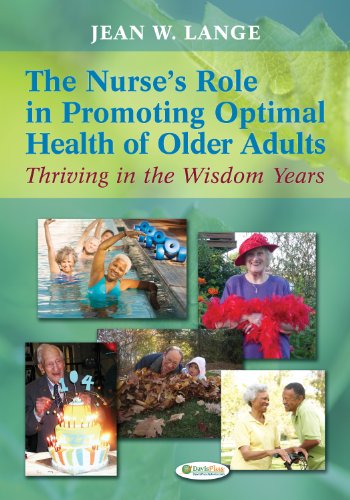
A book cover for The Nurse's Role in Promoting Optimal Health of Older Adults: Thriving in the Wisdom Years; Jean W. Lange PhD  RN  FAAN; Medical Books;